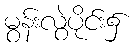
မွန်းလွဲပိုင်း၌